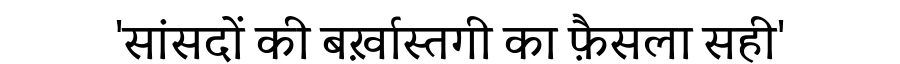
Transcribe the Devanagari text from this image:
'सांसदों की बर्ख़ास्तगी का फ़ैसला सही'